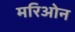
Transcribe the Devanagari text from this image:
मरिओन